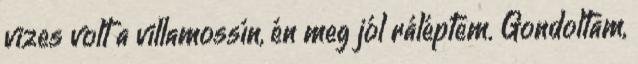
vizes volt a villamossín, én meg jól ráléptem. Gondoltam,